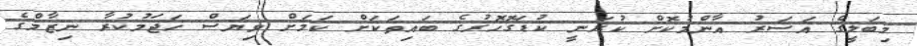
މިބަލީގެ އަސަރު އާންމުކޮށް ކުރަނީ ކުޑަގޮހޮރުގެ ބައިތަކަށް ކަމަށް ވިޔަސް ހަޖަމުކުރާ ނިޒާމްގެ